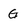
Character: G